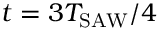
t = 3 T _ { \mathrm { S A W } } / 4